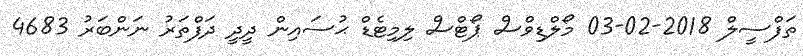
ތަފްސީލް 2018-02-03 މޯލްޑިވްސް ޕޯޓްސް ލިމިޓެޑް ޙުސައިން ދީދީ ދަފްތަރު ނަންބަރު 4683